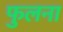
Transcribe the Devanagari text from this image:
फुलना